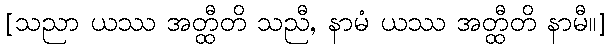
[သညာ ယဿ အတ္ထီတိ သညီ, နာမံ ယဿ အတ္ထီတိ နာမီ။]